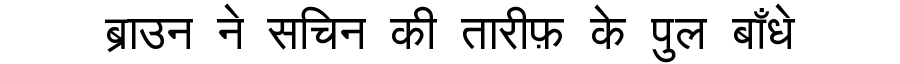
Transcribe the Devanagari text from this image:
ब्राउन ने सचिन की तारीफ़ के पुल बाँधे